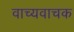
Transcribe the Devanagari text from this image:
वाच्यवाचक